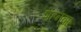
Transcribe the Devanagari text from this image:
शहनवाा